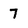
Character: 7